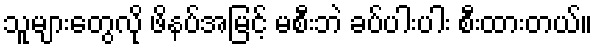
သူများတွေလို ဖိနပ်အမြင့် မစီးဘဲ ခပ်ပါးပါး စီးထားတယ်။